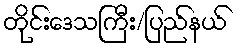
တိုင်းဒေသကြီး/ပြည်နယ်